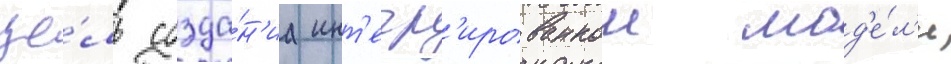
це́ль созда́н'иа инт'егр'ированнои мод'е́л'и